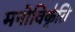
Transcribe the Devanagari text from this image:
मनोविकृ॑ति